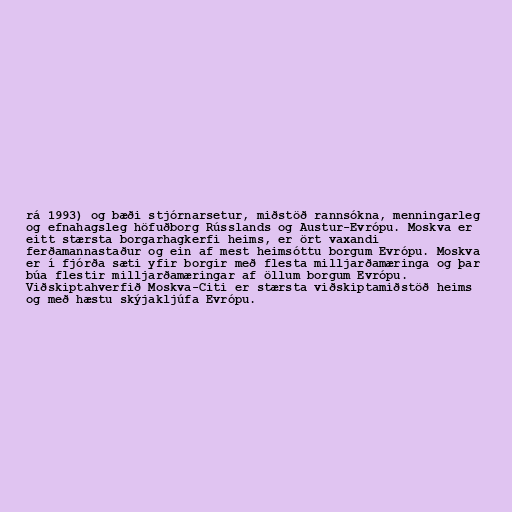
rá 1993) og bæði stjórnarsetur, miðstöð rannsókna, menningarleg
og efnahagsleg höfuðborg Rússlands og Austur-Evrópu. Moskva er
eitt stærsta borgarhagkerfi heims, er ört vaxandi
ferðamannastaður og ein af mest heimsóttu borgum Evrópu. Moskva
er í fjórða sæti yfir borgir með flesta milljarðamæringa og þar
búa flestir milljarðamæringar af öllum borgum Evrópu.
Viðskiptahverfið Moskva-Citi er stærsta viðskiptamiðstöð heims
og með hæstu skýjakljúfa Evrópu.